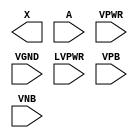
module sky130_fd_sc_hvl__lsbufhv2lv (
    X    ,
    A    ,
    VPWR ,
    VGND ,
    LVPWR,
    VPB  ,
    VNB
);

    output X    ;
    input  A    ;
    input  VPWR ;
    input  VGND ;
    input  LVPWR;
    input  VPB  ;
    input  VNB  ;
endmodule